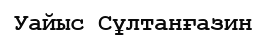
Уайыс Сұлтанғазин